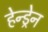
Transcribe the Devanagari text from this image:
हेन्ड्रेन